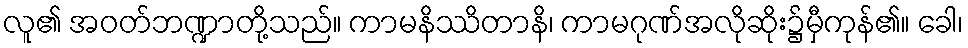
လူ၏ အဝတ်ဘဏ္ဍာတို့သည်။ ကာမနိဿိတာနိ၊ ကာမဂုဏ်အလိုဆိုး၌မှီကုန်၏။ ခေါ၊